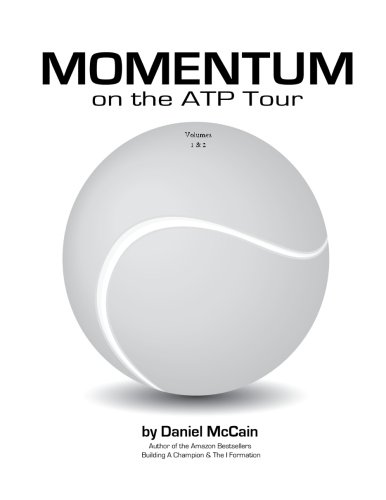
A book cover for Momentum; Daniel McCain; Sports & Outdoors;